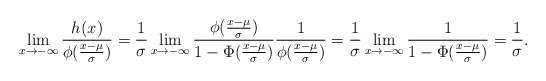
\begin{align*}\lim_{x\to-\infty}\frac{h_{}(x)}{\phi(\frac{x-\mu}{\sigma})}=\frac{1}{\sigma}\lim_{x\to-\infty}\frac{\phi(\frac{x-\mu}{\sigma})}{1-\Phi(\frac{x-\mu}{\sigma})}\frac{1}{\phi(\frac{x-\mu}{\sigma})}=\frac{1}{\sigma}\lim_{x\to-\infty}\frac{1}{1-\Phi(\frac{x-\mu}{\sigma})}=\frac{1}{\sigma}.\end{align*}